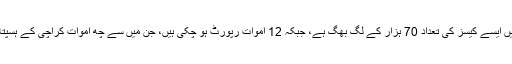
صوبے بھر میں ایسے کیسز کی تعداد 70 ہزار کے لگ بھگ ہے، جبکہ 12 اموات رپورٹ ہو چکی ہیں، جن میں سے چھ اموات کراچی کے ہسپتالوں میں ہوئیں۔